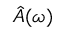
\hat { A } ( \omega )